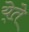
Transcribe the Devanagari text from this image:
ये्ते